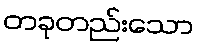
တခုတည်းသော